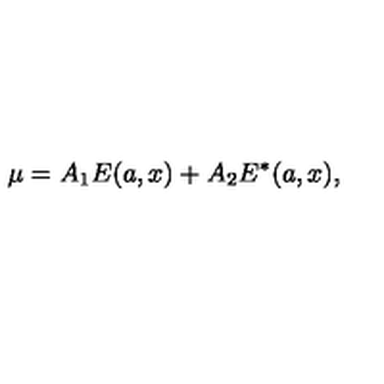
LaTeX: \mu = A _ { 1 } E ( a , x ) + A _ { 2 } E ^ { * } ( a , x ) ,